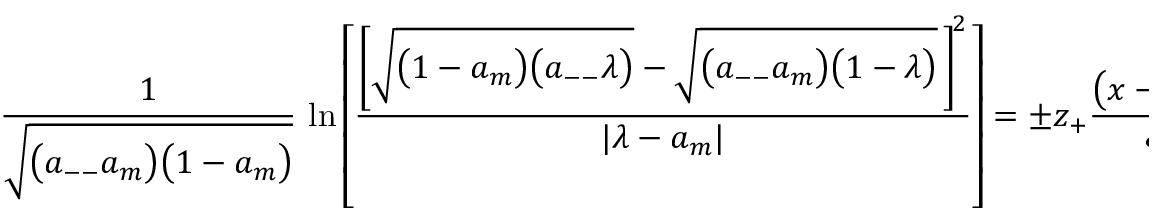
\begin{array} { l } { \displaystyle { \frac { 1 } { \sqrt { \big ( a _ { -- } a _ { m } \big ) \big ( 1 - a _ { m } \big ) } } \, \ln \left[ \frac { \left[ \sqrt { \big ( 1 - a _ { m } \big ) \big ( a _ { -- } \lambda \big ) } - \sqrt { \big ( a _ { -- } a _ { m } \big ) \big ( 1 - \lambda \big ) } \, \right] ^ { \! 2 } } { | \lambda - a _ { m } | } \right] = \pm z _ { + } \frac { \big ( x - x _ { 0 } \big ) } { \xi } , } } \end{array}